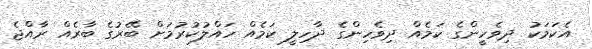
އެކަމަކު ދިވެހީންގެ ކަމެއް ދިވެހިންގެ ދާހިލީ ކަމެއް ހައްލުކުރުމަށް ބޭރުގެ ބާރެއް ރާއްޖެ